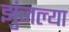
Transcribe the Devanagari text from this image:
झुंजल्या